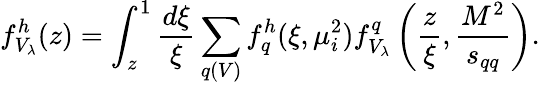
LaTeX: f_{V_{\lambda}}^{h}(z)=\int_{z}^{1}\frac{d\xi}{\xi}\sum_{q(V)}f_{q}^{h}(\xi,\mu_{i}^{2})f_{V_{\lambda}}^{q}\left(\frac{z}{\xi},\frac{M^{2}}{s_{qq}}\right).